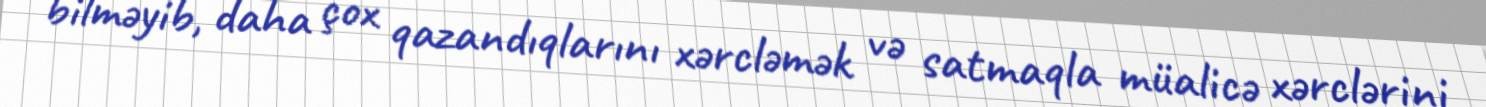
bilməyib, daha çox qazandıqlarını xərcləmək və satmaqla müalicə xərclərini